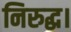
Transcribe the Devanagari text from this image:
निरुद्ध।